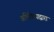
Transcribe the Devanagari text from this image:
अभिक्रियाद्वारा